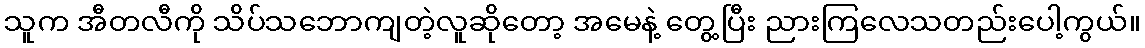
သူက အီတလီကို သိပ်သဘောကျတဲ့လူဆိုတော့ အမေနဲ့ တွေ့ပြီး ညားကြလေသတည်းပေါ့ကွယ်။